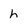
Character: h